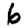
Digit: 6